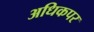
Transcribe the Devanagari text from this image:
अधिकपर